Lunatic asylums Bombay report 1891-1903 - 1891-1903
Year: 1891
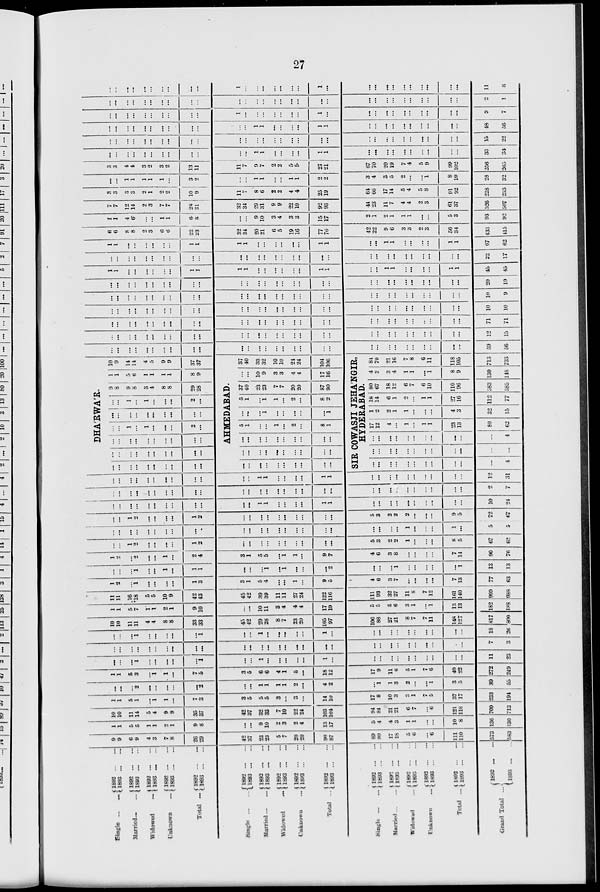
27
Single ...
Married ...
Widowed ...
Unknown ...
Total ...
Single ...
Married ...
Widowed ...
Unknown ...
Total ...
Single ...
Married ...
Widowed ...
Unknown ...
Total ...
Grand Total ...
1892 ... ...
1893
... ...
1892 ... ...
1893
...
...
1892 ... ...
1893 ... ...
1892
...
...
1893
...
...
1892 ... ...
1893
...
...
1892
...
...
1893
...
...
1892
1893
...
...
1892
1893
...
...
1892
1893
...
...
1892
1893
...
...
1892
1893
...
...
1892
1893
...
...
1892
1893
...
...
1892 ... ...
1893
...
...
1892
...
...
1893
...
...
1892 ... ...
1893 ... ...
9
9
6
9
4
3
7
8
26
29
42
37
23
23
5
7
20
20
90
87
89
80
17
18
5
6
...
6
111
110
573
583
1
1
5
5
1
1
2
1
9
8
...
...
9
10
2
3
2
4
13
17
5
4
4
3
1
1
...
...
10
8
136
130
10
10
11
14
5
4
9
9
35
37
42
37
32
33
7
10
22
24
103
101
94
84
21
21
6
7
...
6
121
118
709
713
1
1
5
1
...
1
1
...
7
3
3
5
5
5
3
...
3
...
14
10
17
8
10
3
3
1
7
5
37
17
233
194
...
...
...
2
...
...
...
...
...
2
...
...
1
1
1
1
2
...
4
2
...
1
1
3
2
...
...
1
3
5
39
55
1
1
5
3
...
1
1
...
7
5
3
5
6
6
4
1
5
..
18
12
17
9
11
6
5
1
7
6
40
22
272
249
...
...
...
1
...
...
...
...
...
1
...
...
1
...
...
...
...
...
1
...
...
...
...
...
...
...
...
...
...
...
11
23
...
...
...
...
...
...
...
..
...
...
...
...
...
...
...
...
...
...
...
...
...
...
...
...
...
...
...
...
. ..
7
3
...
...
...
1
...
...
...
...
...
1
...
...
1
...
...
...
...
...
1
...
...
...
...
...
...
...
...
...
...
...
18
26
10
10
11
11
4
4
8
8
33
33
45
42
29
28
8
7
23
20
105
97
106
88
27
21
8
7
7
11
148
127
817
800
1
1
5
7
1
1
2
1
9
10
...
...
10
11
3
4
4
4
17
19
5
5
5
6
3
1
...
1
13
13
182
188
11
11
16
18
5
5
10
9
42
43
45
42
39
39
11
11
27
24
122
116
111
93
32
27
11
8
7
12
161
140
999
988
1
2
...
1
...
...
...
...
1
3
3
1
5
4
...
...
1
...
9
5
4
6
3
7
...
...
...
...
7
13
77
63
...
...
...
1
...
...
1
. ..
1
1
...
...
...
1
...
1
...
...
...
2
...
...
...
1
...
...
...
...
...
1
13
13
1
2
...
2
...
...
1
...
2
4
3
1
5
5
...
1
1
...
9
7
4
6
3
8
...
...
...
...
7
14
90
76
...
...
1
2
...
...
...
...
1
2
...
...
...
...
...
...
...
...
...
...
5
3
2
2
1
...
...
...
8
5
67
62
...
...
...
...
...
...
...
...
...
...
...
...
...
...
...
...
...
...
...
...
...
...
...
...
1
...
...
...
1
...
...
...
1
2
...
...
...
...
1
2
...
...
...
...
...
...
...
...
...
...
5
3
2
2
2
...
...
...
9
5
5 72
5 67
...
...
...
...
...
...
...
...
...
...
...
...
1
1
...
...
...
...
1
1
...
...
...
...
...
...
...
...
...
...
10
24
...
...
...
...
...
...
...
...
...
...
...
...
...
...
...
...
...
...
...
...
...
...
...
...
...
...
...
...
...
2
7
...
...
...
...
...
...
...
...
...
...
...
...
1
1
...
...
...
...
1
1
. ..
...
...
...
...
...
...
...
...
...
12
31
...
...
...
...
...
...
...
...
...
...
...
...
...
...
...
...
...
...
...
...
DHA'RWA'R.
...
...
...
...
...
...
...
...
...
...
...
...
1
...
1
...
...
...
2
...
... 1
...
...
...
...
...
...
...
...
...
...
...
1
...
1
...
...
...
2
...
9
8
9
8
3
4
8
8
29
28
1
1
5
6
1
1
1
1
8
9
10
9
14
14
4
5
9
9
37
37
AHMEDABAD.
...
...
...
...
...
...
...
...
...
...
...
...
...
...
...
...
...
...
...
...
...
...
...
...
...
...
...
...
...
...
5
1
...
...
1
...
2
...
8
1
...
...
...
1
...
...
...
...
...
1
5
1
...
1
1
...
2
...
8
2
37
40
23
23
7
7
20
20
87
90
...
...
10
9
3
3
4
4
17
16
37
40
33
32
10
10
21
24
104
106
SIR COWASJI JEHA'NGIR,
HYDERABAD.
...
...
...
...
...
...
...
...
...
...
...
4
...
...
...
...
...
...
...
...
...
. ..
...
...
...
...
...
...
...
...
...
...
...
...
4
17
12
4
...
1
...
1
1
23
13
80
62
1
2
2
1
1
...
...
...
4
3
32
15
18
14
6
1
2
...
1
1
27
16
112
77
80
67
18
12
6
7
6
10
110
96
583
585
4
3
3
4
1
1
...
1
8
9
130
148
84
70
21
16
7
8
6
11
118
105
713
733
...
...
...
...
...
...
...
...
...
. ..
...
...
...
...
...
...
...
...
...
...
...
...
...
...
...
...
...
...
. ..
...
59
56
...
. ..
...
...
...
...
...
...
...
...
...
...
...
...
...
...
...
...
...
...
...
...
...
...
...
...
...
...
...
...
12
15
...
...
...
...
...
...
...
...
...
...
...
...
...
...
...
...
...
...
...
...
...
...
...
...
...
...
...
...
...
...
71
71
...
...
...
...
...
...
...
...
...
...
...
...
...
...
...
...
...
...
...
. ..
...
...
...
...
...
...
...
...
...
...
10
10
...
...
...
...
...
...
...
...
...
...
...
...
...
. ..
...
...
...
...
...
...
...
...
...
...
...
...
...
...
...
...
10
9
...
...
...
...
...
...
...
...
...
...
...
...
...
...
...
...
...
...
...
...
...
...
...
...
...
..
...
..
...
...
20
19
1
1
...
...
...
...
...
...
1
1
1
1
...
...
...
...
...
...
1
1
...
...
1
1
...
...
...
...
1
1
45
45
...
...
...
...
...
...
...
...
...
...
...
...
...
...
...
...
...
...
...
...
...
...
...
...
...
...
...
...
...
...
22
17
1
1
...
...
...
...
...
...
1
1
1
1
...
...
...
...
...
...
1
1
...
...
1
1
...
...
...
...
1
1
67
62
6
6
8
8
2
3
6
6
22
23
32
34
20
21
6
5
19
16
77
76
42
22
9
6
3
3
2
3
56
34
133
115
1
1
4
6
...
...
1
1
6
8
...
...
9
10
3
4
3
3
15
17
2
1
2
1
1
1
...
...
5
3
93
92
7
7
12
14
2
3
7
7
28
31
32
34
.?9
31
9
9
22
19
92
93
44
23
11
7
4
4
2
3
61
37
526
507
3
3
3
3
2
1
2
2
10
9
11
7
8
6
2
2
4
4
25
19
64
66
17
14
5
4
5
8
91
92
228
233
...
...
1
1
1
1
1
...
3
2
...
...
1
1
...
...
1
1
2
2
3
4
3
5
2
...
...
1
8
10
28
32
3
3
4
4
3
2
3
2
13
11
11
7
9
7
2
2
5
5
23
21
67
70
20
19
7
4
5
9
99
102
256
265
...
...
...
...
...
...
...
...
...
...
...
...
1
1
...
...
...
...
1
1
. ..
. ..
...
...
...
...
...
...
...
. ..
33
34
...
...
...
...
...
...
...
...
...
...
...
...
...
...
...
...
...
...
...
...
...
...
...
...
...
...
...
...
...
...
15
22
...
...
...
...
...
...
...
...
...
...
...
...
1
1
...
...
...
. ..
1
1
...
...
...
...
...
. ..
...
...
...
...
48
56
...
...
...
...
...
...
...
...
...
...
1
...
...
...
...
...
...
...
1
...
...
...
...
...
...
...
...
...
...
...
9
7
...
...
...
...
...
...
...
...
...
...
...
...
...
...
...
...
...
...
...
...
...
...
...
...
...
...
...
...
2
1
...
...
...
...
...
...
...
...
...
...
1
...
...
...
...
...
...
...
1
...
...
...
...
...
...
...
...
...
...
11
8